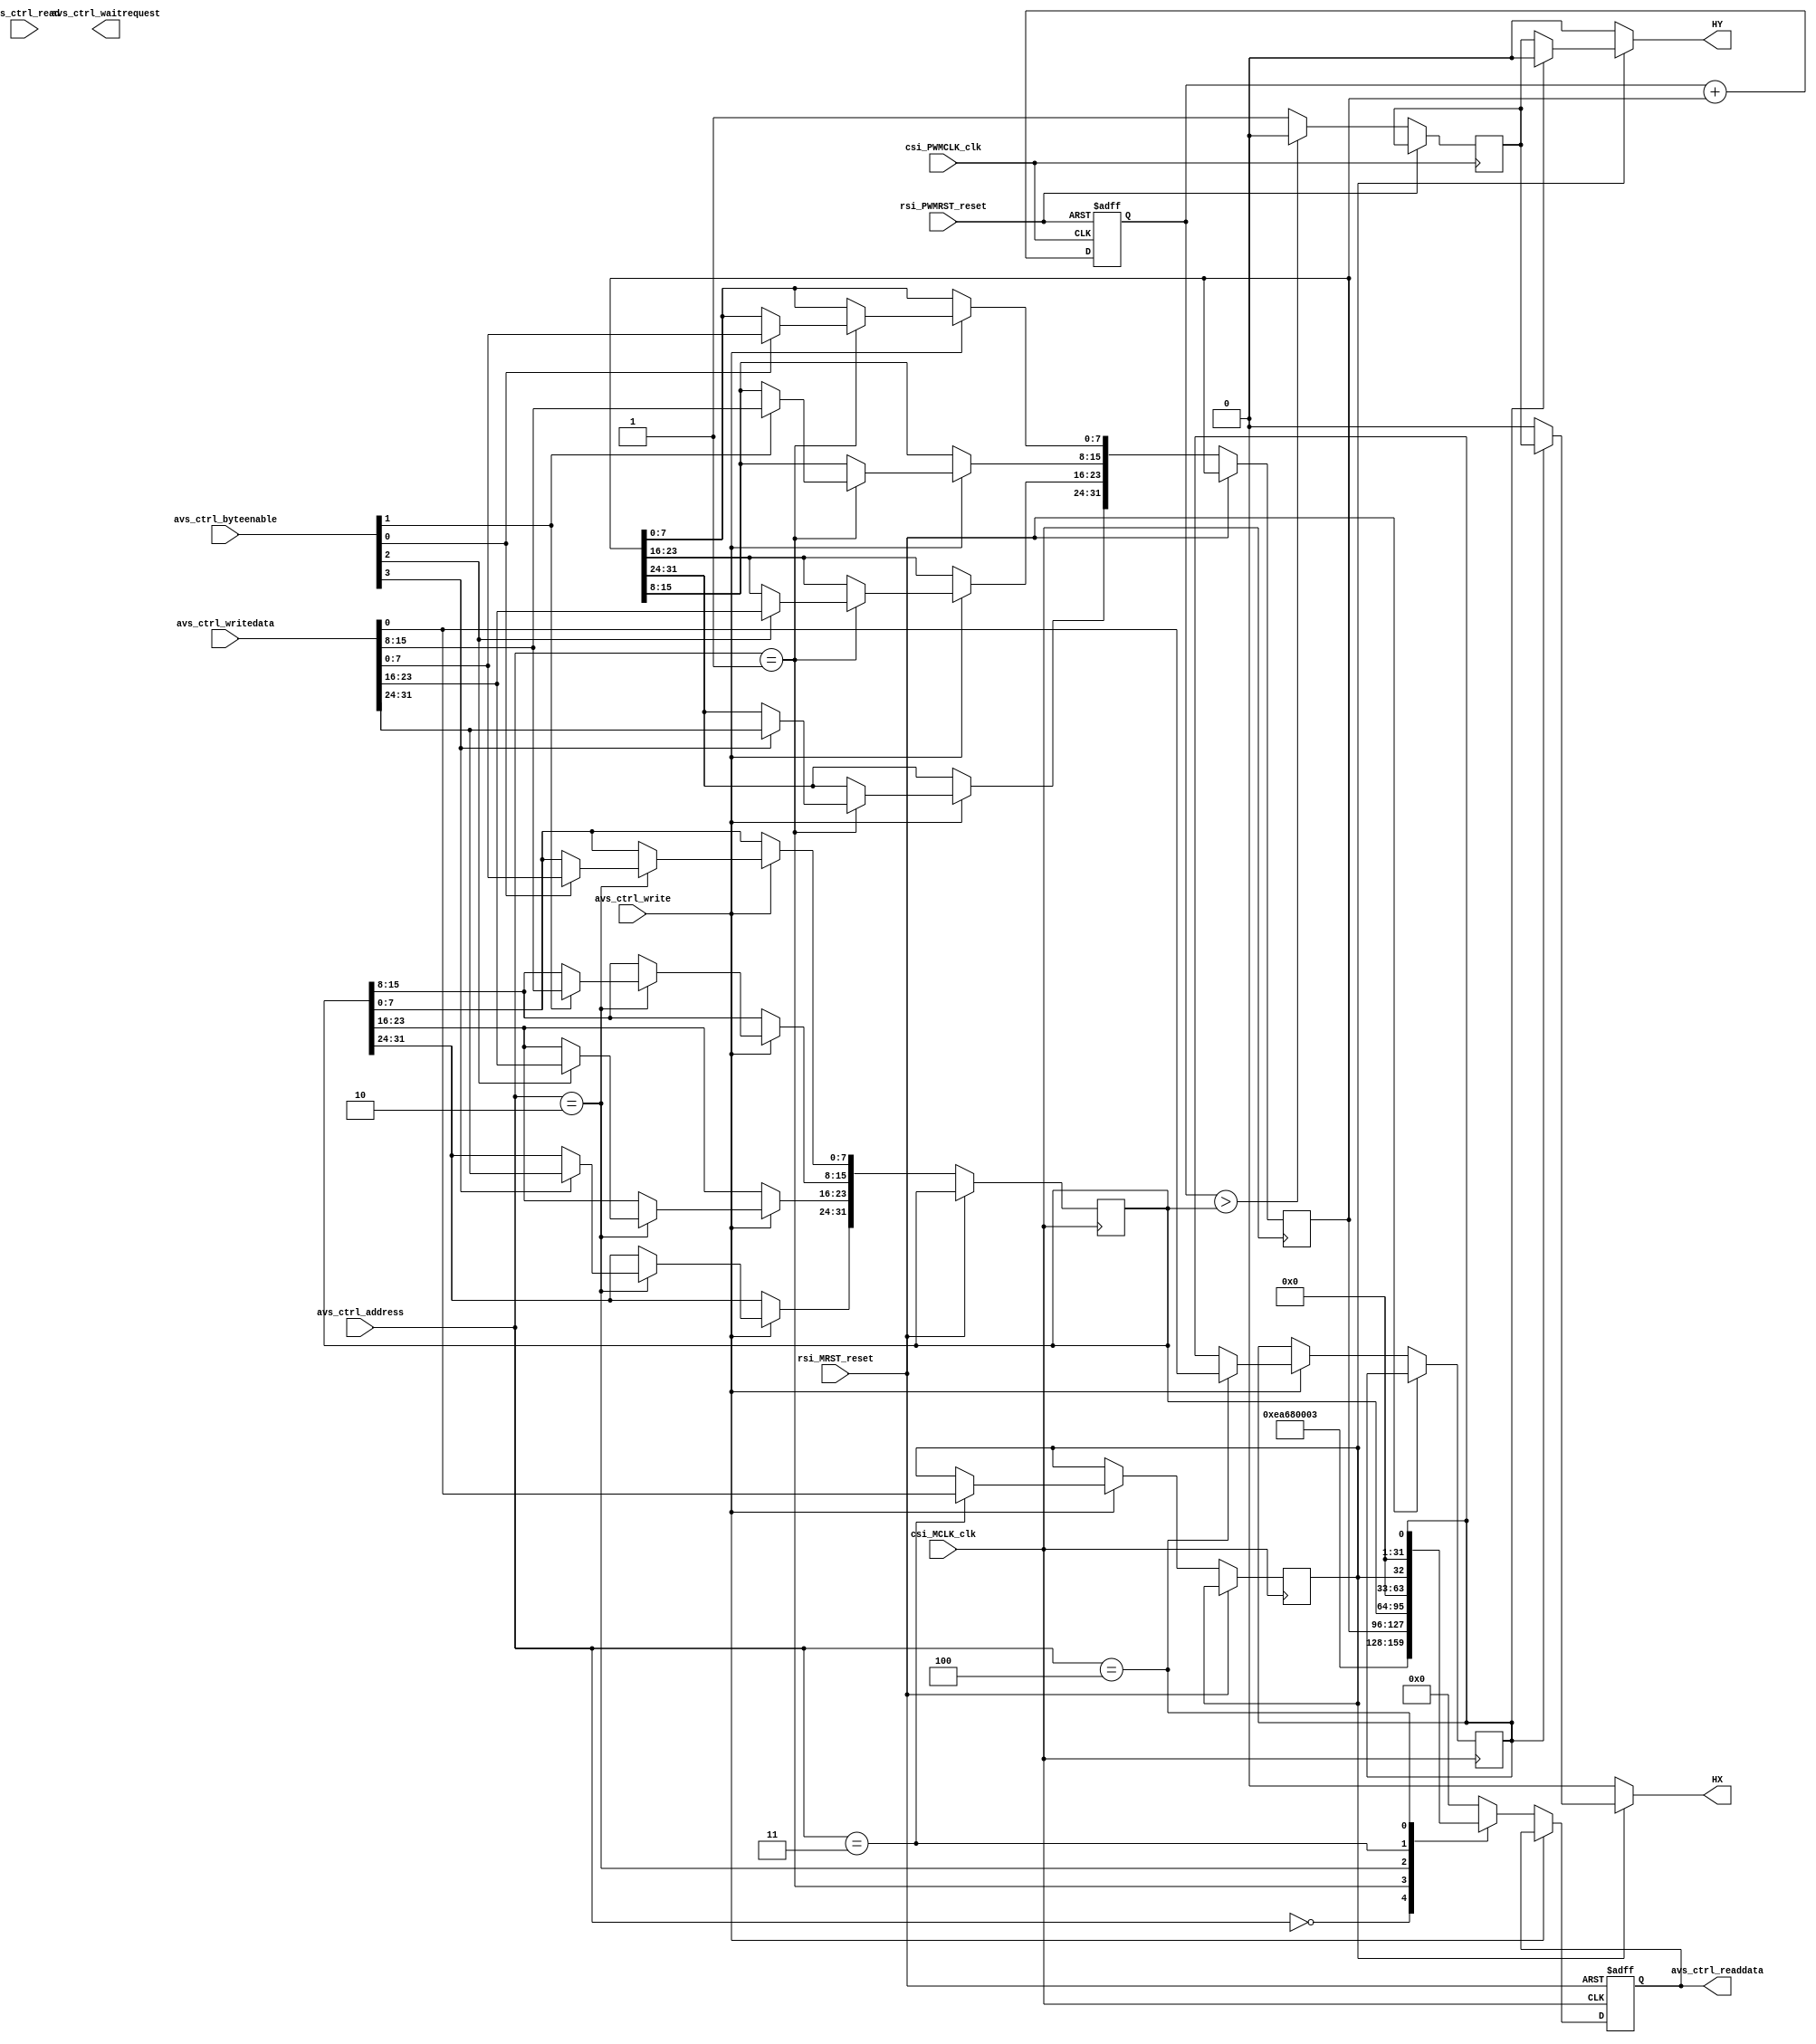
module brush_motor_driver(
// Qsys bus interface	
		input					rsi_MRST_reset,
		input					csi_MCLK_clk,
		input		[31:0]	avs_ctrl_writedata,
		output	[31:0]	avs_ctrl_readdata,
		input		[3:0]		avs_ctrl_byteenable,
		input		[2:0]		avs_ctrl_address,
		input					avs_ctrl_write,
		input					avs_ctrl_read,
		output				avs_ctrl_waitrequest,
		
		input					rsi_PWMRST_reset,
      input					csi_PWMCLK_clk,

//brush_moter_interface		
		output HX,
		output HY		
		);
//Qsys controller		
	reg forward_back;
   reg on_off;
	reg [31:0] PWM_width;
	reg [31:0] PWM_frequent;
	reg [31:0] read_data;
	assign	avs_ctrl_readdata = read_data;
	always@(posedge csi_MCLK_clk or posedge rsi_MRST_reset)
	begin
		if(rsi_MRST_reset) begin
			read_data <= 0;
		end
		else if(avs_ctrl_write) 
		begin
			case(avs_ctrl_address)
				1: begin
					if(avs_ctrl_byteenable[3]) PWM_frequent[31:24] <= avs_ctrl_writedata[31:24];
					if(avs_ctrl_byteenable[2]) PWM_frequent[23:16] <= avs_ctrl_writedata[23:16];
					if(avs_ctrl_byteenable[1]) PWM_frequent[15:8] <= avs_ctrl_writedata[15:8];
					if(avs_ctrl_byteenable[0]) PWM_frequent[7:0] <= avs_ctrl_writedata[7:0];
				end
				2: begin
					if(avs_ctrl_byteenable[3]) PWM_width[31:24] <= avs_ctrl_writedata[31:24];
					if(avs_ctrl_byteenable[2]) PWM_width[23:16] <= avs_ctrl_writedata[23:16];
					if(avs_ctrl_byteenable[1]) PWM_width[15:8] <= avs_ctrl_writedata[15:8];
					if(avs_ctrl_byteenable[0]) PWM_width[7:0] <= avs_ctrl_writedata[7:0];
				end
				3: on_off <= avs_ctrl_writedata[0];
				4: forward_back <= avs_ctrl_writedata[0];
				default:;
			endcase
	   end
		else begin
			case(avs_ctrl_address)
				0: read_data <= 32'hEA680003;
				1: read_data <= PWM_frequent;
				2: read_data <= PWM_width;
				3: read_data <= {31'b0,on_off};
				4: read_data <= {31'b0,forward_back};
				default: read_data <= 32'b0;
			endcase
		end
	end
//PWM controller		
	reg [31:0] PWM;
	reg PWM_out;
	always @ (posedge csi_PWMCLK_clk or posedge rsi_PWMRST_reset)
	begin
		if(rsi_PWMRST_reset)
			PWM <= 32'b0;
		else
		begin
			PWM <= PWM + PWM_frequent;
			PWM_out <=(PWM > PWM_width) ? 1'b0:1'b1;   
		end
	end
//Output 
	wire X, Y;	
   assign X  = forward_back?PWM_out:0;
   assign Y  = forward_back?0:PWM_out;
	assign HX = on_off?X:0; 
	assign HY = on_off?Y:0; 	

endmodule